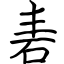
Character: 砉